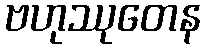
ဗဟုဿုတေန